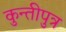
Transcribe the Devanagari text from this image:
कुन्तीपुत्र